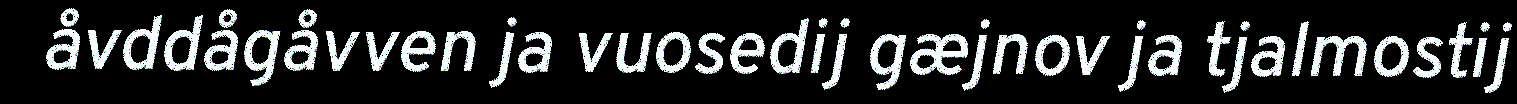
åvddågåvven ja vuosedij gæjnov ja tjalmostij